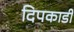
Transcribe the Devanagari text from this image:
दिपकाडी